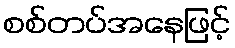
စစ်တပ်အနေဖြင့်